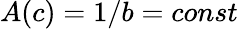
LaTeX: A(c)=1/b=const